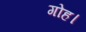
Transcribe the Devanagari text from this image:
गोह।